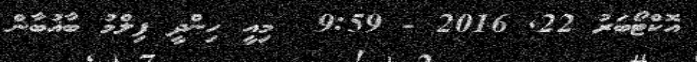
އޮކްޓޯބަރު 22